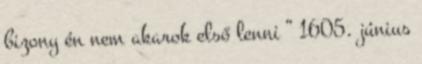
bizony én nem akarok első lenni ” 1605. június